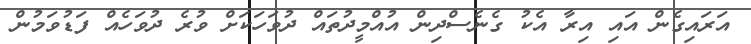
އަރައިގެން އައި އިރާ އެކު ގެެނެސްދިން އުއްމީދުުތައް ދުވަހަކަށް ވުރެ ދުވަހެއް ފަޑުވަމުން